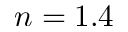
n = 1 . 4